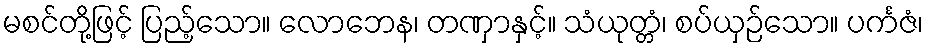
မစင်တို့ဖြင့် ပြည့်သော။ လောဘေန၊ တဏှာနှင့်။ သံယုတ္တံ၊ စပ်ယှဉ်သော။ ပင်္ကဇံ၊